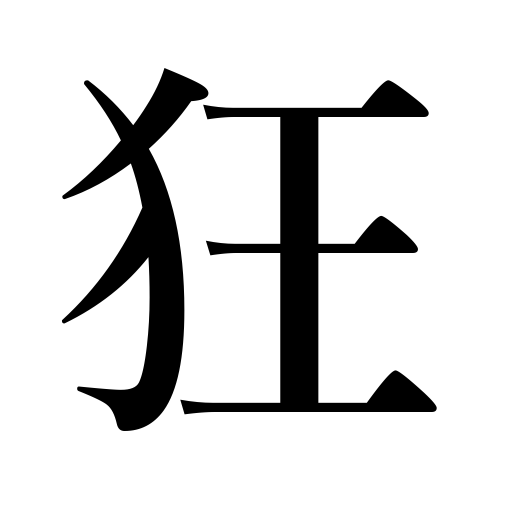
Meanings: lunatic,go haywire,break down,be upset,run amuck,fluctuate,be madly in love,warp,lose one’s head,miss the mark,rave,go insane,winds howl